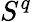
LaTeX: S^{q}